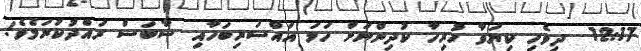
12:17  ދިވެހި ކިޔަވާ ހުރިހާ ކުދިންނަށް ހަމަ އައްސަރިބަހާއި ސާބަސް ރައްދުކުރަމެވެ!